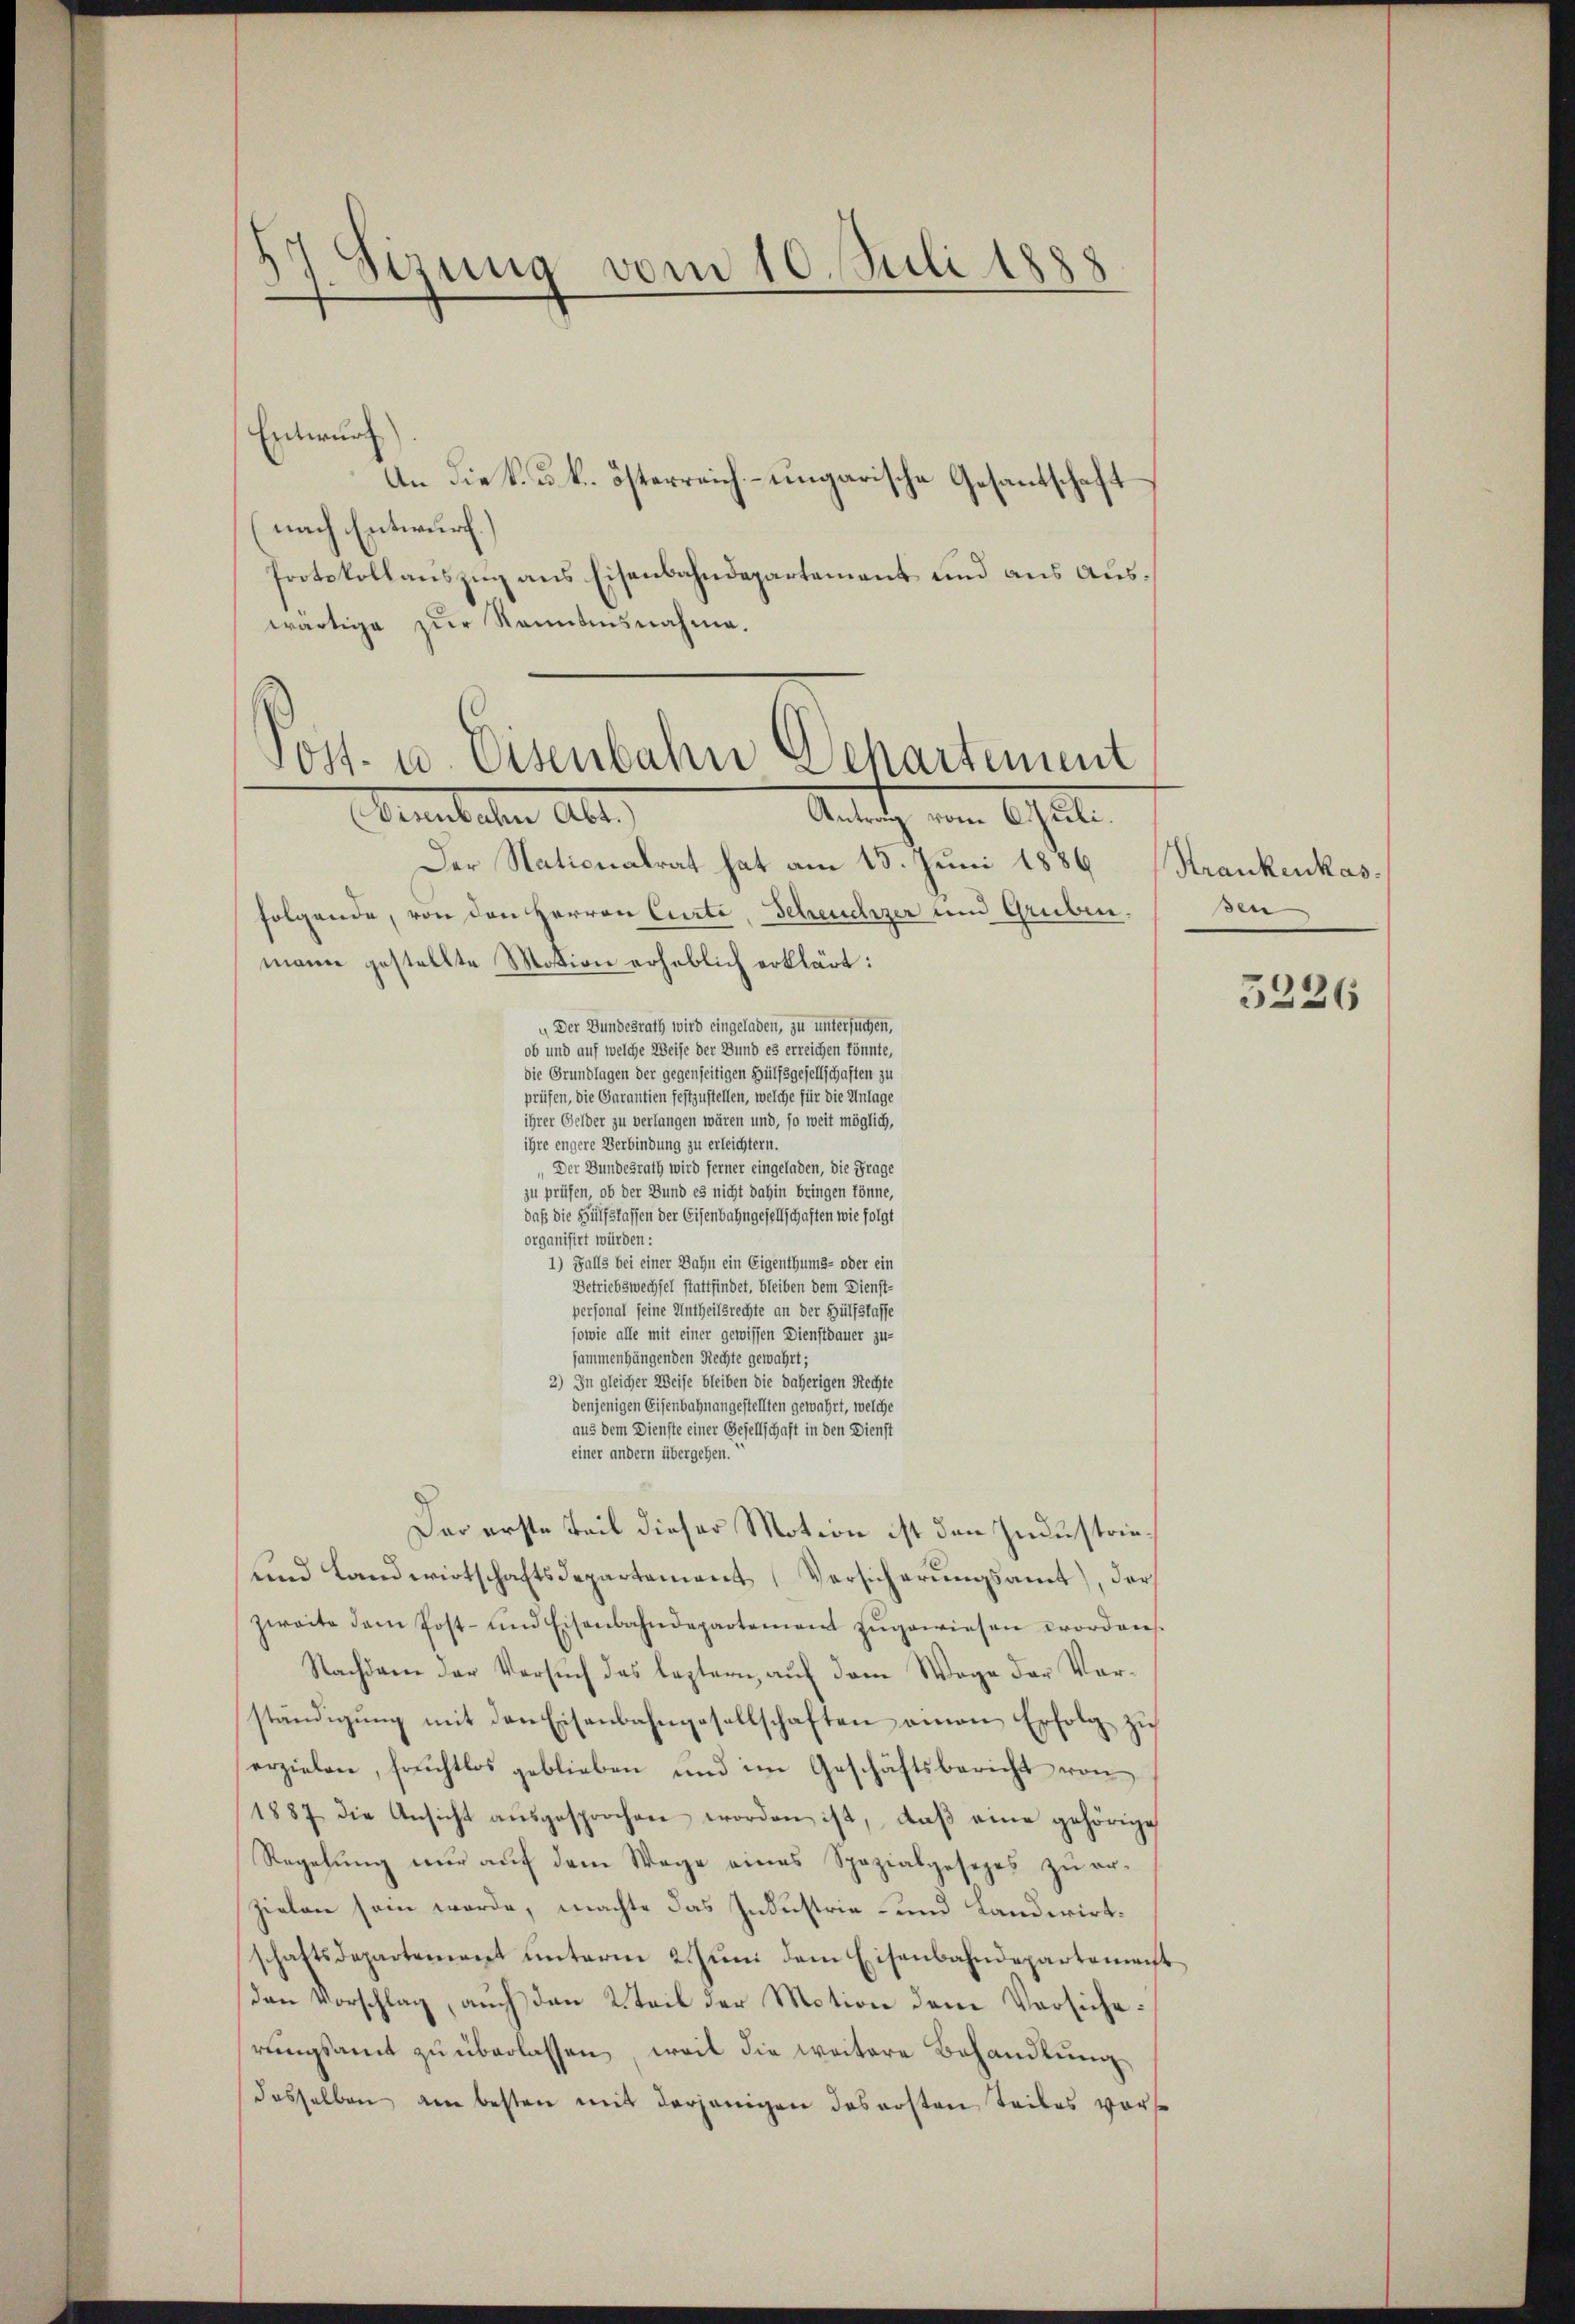
Entwurf
An die k. u. k. österreich- ungarische Gesantschaf
nach Entwurf.
Protokollauszug aus Eisenbahndepartement und aus Auswärtige zŭr Sonntensnahme.
Der Nationalrat hat am 15. Juni 1886
folgende, von den Herren Curti, Scheuchzer und Gruben
mann gestellte Motion erheblich erklärt:
 Der Bundesrath wird eingeladen, zu untersuchen,
ob und auf welche Weise der Bund es erreichen könnte,
die Grundlagen der gegenseitigen Hülfsgesellschaften zu
prüfen, die Garantien festzustellen, welche für die Unlage
ihrer Gelder zu verlangen wären und, so weit möglich,
ihre engere Verbindung zu erleichtern.
Der Bundesrath wird ferner eingeladen, die Frage
zu prüfen, ob der Bund es nicht dahin bringen könne,
daß die Hülfsfassen der Eisenbahngesellschaften wie folgt
organisirt würden:
1) Falls bei einer Bahn ein Eigenthums- oder ein
Betriebswechsel stattfindet, bleiben dem Dienst-
personal seine Untheilsrechte an der Hülfstaffe
sowie alle mit einer gewissen Dienstbauer zu-
sammenhängenden Rechte gewährt;
2) In gleicher Weise bleiben die daherigen Rechte
denjenigen Eisenbahnangestellten gewährt, welche
aus dem Dienste einer Gesellschaft in den Dienst
einer andern übergehen.
Der erste Teil dieser Motion ist den Industrieŭnd Landwirtschaftsdepartement Versicherŭngsamt), der
zweite dem Post- und Eisenbahndepartement zŭgewiesen worden.
Nachdem der Versuch das leztern auf dem Wege der Vorständigung mit den Eisenbahngesellschaften amen Erfolge zu
n
erzielen, früchtlos geblieben und im Geschäftsbericht von
1887 die Ansicht aŭsgesprochen worden ist, daβ eine gehörige
Regelung nur auf dem Wege eines Spezialgesezes zu erzielen sein werde, machte das Industrie- und Landwirtschaftsdepartement unterm 2. Juni dem Eisenbahndepartement
den Vorschlag, auch den 2 Teil der Motion dem Versicherungsamt zu überlassen weil die weitere Behandlung
dasselben am besten mit derjenigen das ersten Teiles vorse

Sirung vom 10. Juli 1888
d

vost- u. Eisenbahn Departement
Demuteten Alte
Anrath, um 6 hat.

Strankenkas
sen

3226